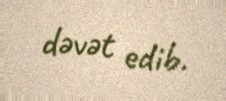
dəvət edib.